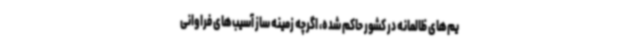
یم‌های ظالمانه در کشور حاکم شده، اگرچه زمینه ساز آسیب‌های فراوانی